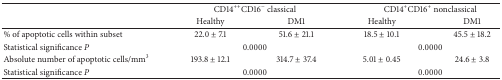
|  | <COLSPAN=2> CD14++CD16− classical | <COLSPAN=2> CD14+CD16+ nonclassical |
 |  | Healthy | DM1 | Healthy | DM1 |
 | --- | --- | --- | --- | --- |
 | % of apoptotic cells within subset | 22.0 ± 7.1 | 51.6 ± 21.1 | 18.5 ± 10.1 | 45.5 ± 18.2 |
 | Statistical significance P | <COLSPAN=2> 0.0000 | <COLSPAN=2> 0.0000 |
 | Absolute number of apoptotic cells/mm3 | 193.8 ± 12.1 | 314.7 ± 37.4 | 5.01 ± 0.45 | 24.6 ± 3.8 |
 | Statistical significance P | <COLSPAN=2> 0.0000 | <COLSPAN=2> 0.0000 |